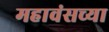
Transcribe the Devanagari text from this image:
महावंसच्या